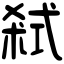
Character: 弒